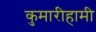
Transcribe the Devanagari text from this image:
कुमारीहामी